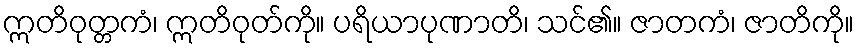
ဣတိဝုတ္တကံ၊ ဣတိဝုတ်ကို။ ပရိယာပုဏာတိ၊ သင်၏။ ဇာတကံ၊ ဇာတိကို။